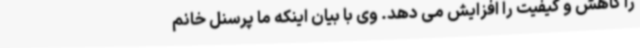
را کاهش و کیفیت را افزایش می دهد. وی با بیان اینکه ما پرسنل خانم